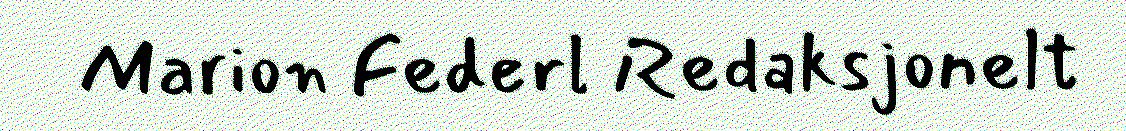
Marion Federl Redaksjonelt